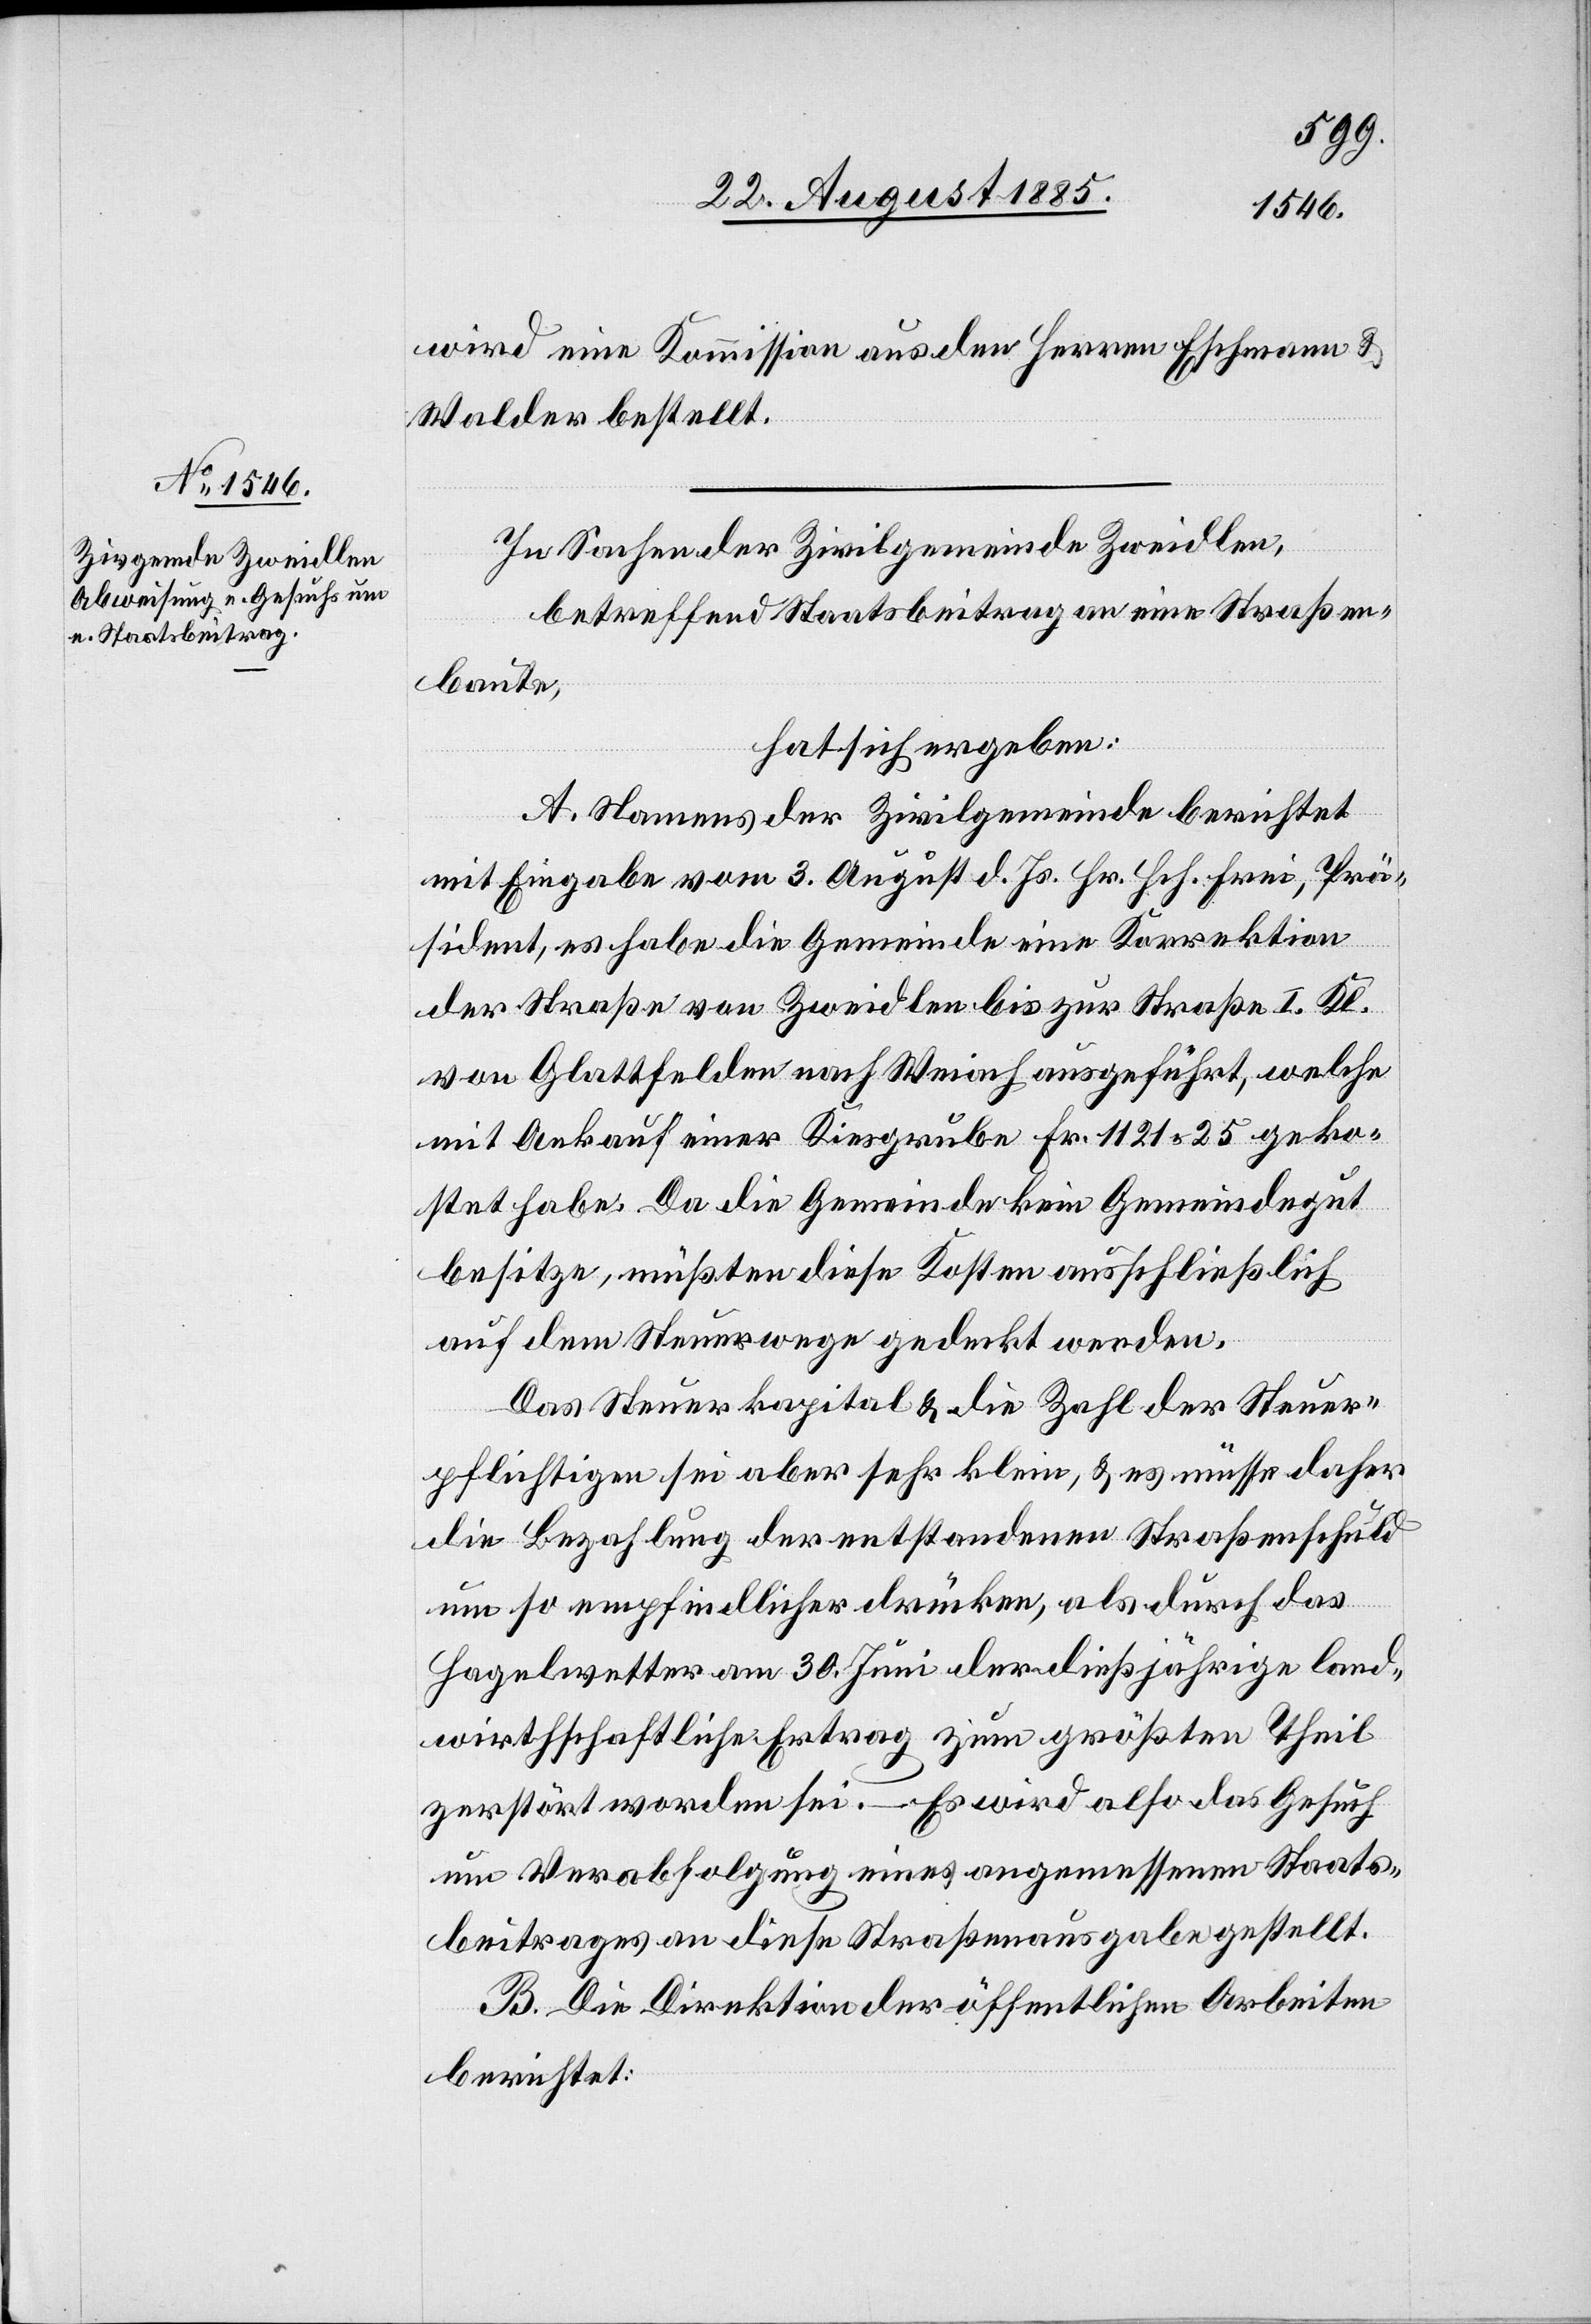
wird eine Kommission aus den Herren Eschmann &
Walder bestellt.
In Sachen der Zivilgemeinde Zweidlen,
betreffend Staatsbeitrag an eine Straßen¬
baute,
hat sich ergeben:
A. Namens der Zivilgemeinde berichtet
mit Eingabe vom 3. August d. Js. Hr. Hch. Frei, Prä¬
sident, es habe die Gemeinde eine Korrektion
von Glattfelden nach Weiach ausgeführt, welche
mit Ankauf einer Kiesgrube Fr. 1121 25 geko¬
stet habe. Da die Gemeinde kein Gemeindegut
besitze, müßten diese Kosten ausschließlich
auf dem Steuerwege gedeckt werden.
Das Steuerkapital & die Zahl der Steuer¬
pflichtigen sei aber sehr klein, & es müsse daher
die Bezahlung der entstandenen Straßenschuld
um so empfindlicher drücken, als durch das
Hagelwetter am 30. Juni der dießjährige land¬
wirthschaftliche Ertrag zum größten Theil
zerstört worden sei. – Es wird also das Gesuch
um Verabfolgung eines angemessenen Staats¬
beitrages an diese Straßenausgabe gestellt.
B. Die Direktion der öffentlichen Arbeiten
berichtet: